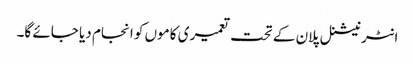
انٹر نیشنل پلان کے تحت تعمیری کاموں کو انجام دیا جائے گا۔